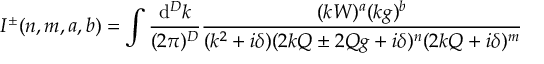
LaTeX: Q ^ { 4 } \langle n \rangle < \frac { 3 0 } { \beta _ { \mathrm { L } } ^ { 3 } } \, .